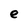
Character: e